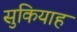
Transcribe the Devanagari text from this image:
सुकियाह